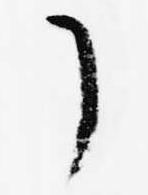
了